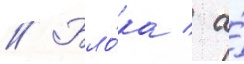
// Бло́ка / а́